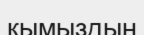
қымыздың